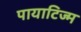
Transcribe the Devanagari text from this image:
पायाटिज्म